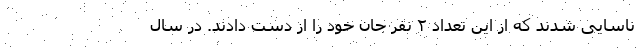
ناسایی شدند که از این تعداد ۲ نفر جان خود را از دست دادند. در سال